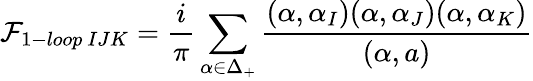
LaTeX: {\cal F}_{1-loop\ IJK}={\frac{i}{\pi}}\sum_{\alpha\in\Delta_{+}}{\frac{(\alpha,\alpha_{I})(\alpha,\alpha_{J})(\alpha,\alpha_{K})}{(\alpha,a)}}